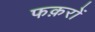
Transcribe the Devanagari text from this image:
फक़रों